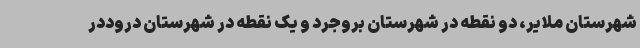
شهرستان ملایر، دو نقطه در شهرستان بروجرد و یک نقطه در شهرستان دروددر